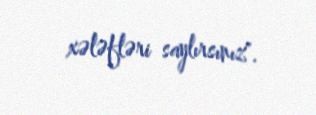
xələfləri saylırsınız".